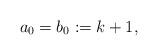
LaTeX: \begin{align*} a_0 = b_0 := k+1,\end{align*}